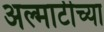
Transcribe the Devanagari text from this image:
अल्माटीच्या